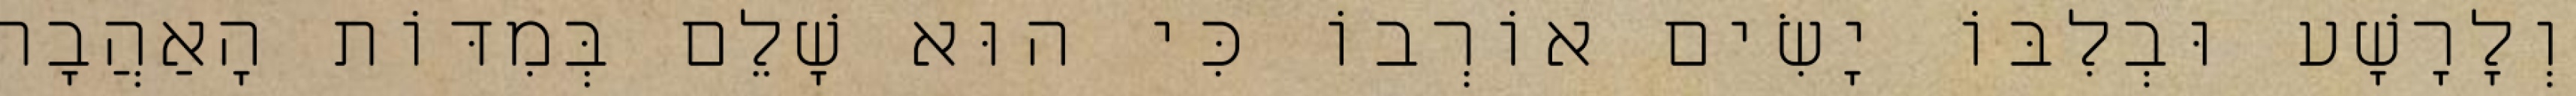
וְלָרָשָׁע וּבְלִבּוֹ יָשִׂים אוֹרְבוֹ כִּי הוּא שָׁלֵם בְּמִדּוֹת הָאַהֲבָה